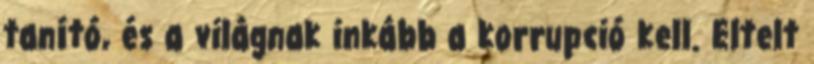
tanító, és a világnak inkább a korrupció kell. Eltelt